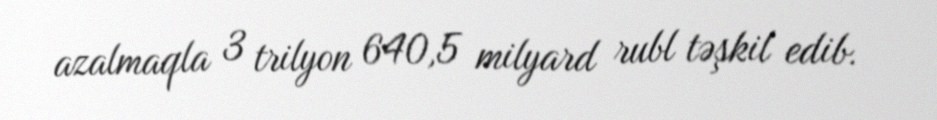
azalmaqla 3 trilyon 640,5 milyard rubl təşkil edib.